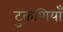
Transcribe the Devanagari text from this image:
टुकणियाँ